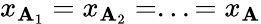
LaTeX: x_{\mathbf{A}_{1}}=x_{\mathbf{A}_{2}}=...=x_{\mathbf{A}}